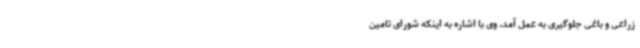
زراعی و باغی جلوگیری به عمل آمد. وی با اشاره به اینکه شورای تامین